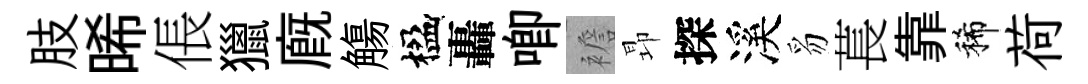
肢晞倀獵廐觴楹轟唧襜昻探溪豸萇靠稀荷